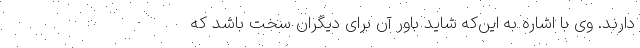
دارند. وی با اشاره به این‌که شاید باور آن برای دیگران سخت باشد که